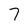
Character: 7